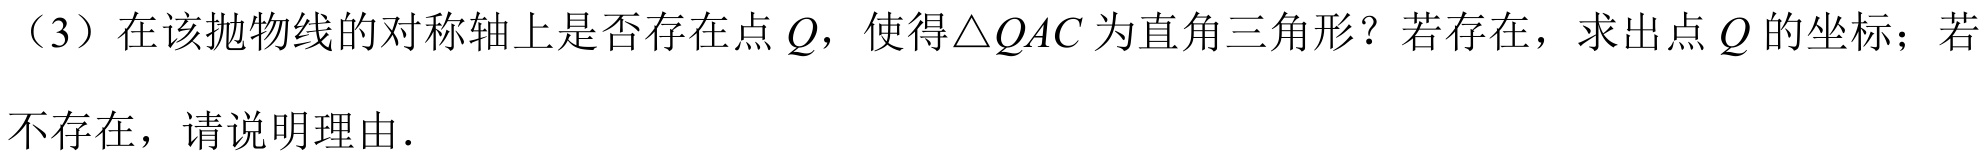
（3）在该抛物线的对称轴上是否存在点$Q$，使得$\triangle QAC$为直角三角形？若存在，求出点$Q$的坐标；若不存在，请说明理由.